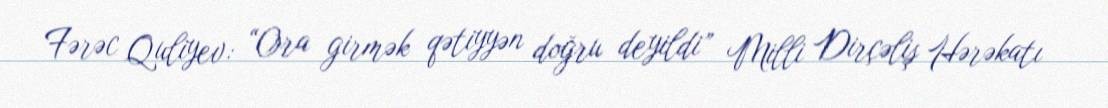
Fərəc Quliyev: “Ora girmək qətiyyən doğru deyildi” Milli Dirçəliş Hərəkatı